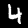
Label: 4